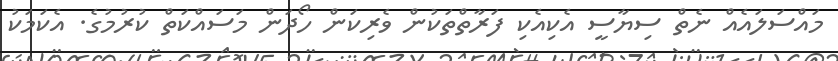
މައްސަލައެއް ނެތް ސިޔާސީ އެކިއެކި ފަރާތްތަކުން ވެރިކަން ހޯދަން މަސައްކަތް ކުރުމުގެ. އެކަމަކު